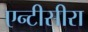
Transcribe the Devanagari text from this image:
एन्टीसीरा